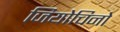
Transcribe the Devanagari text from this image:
जियोचिनो